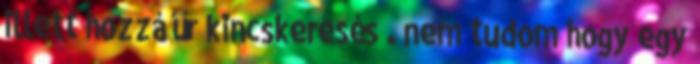
illett hozzá űr kincskeresés . nem tudom hogy egy